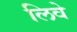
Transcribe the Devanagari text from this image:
लिवे